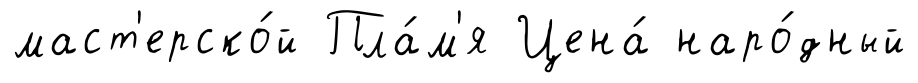
маст'ерско́й Пла́м'я Цена́ наро́дный